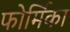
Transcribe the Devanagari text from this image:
फोर्मिका